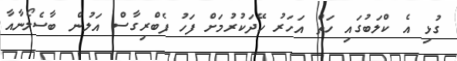
ގުޅި އެ ކްލަބުގައި ހަތް އަހަރު ހޭދަކުރުމަށް ފަހު ފެބްރިގާސް އަލުން ބާސެލޯނާއާ